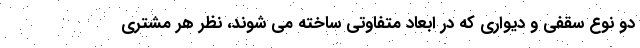
دو نوع سقفی و دیواری که در ابعاد متفاوتی ساخته می شوند، نظر هر مشتری